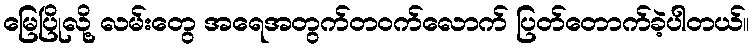
မြေပြိုလို့ လမ်းတွေ အရေအတွက်တဝက်လောက် ပြတ်တောက်ခဲ့ပါတယ်။